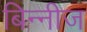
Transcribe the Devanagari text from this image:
बिन्नीज